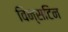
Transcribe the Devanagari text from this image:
विन्सटिन